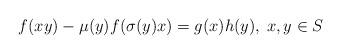
LaTeX: \begin{align*} f(xy)-\mu(y)f(\sigma(y)x)=g(x)h(y),\; x,y\in S\end{align*}